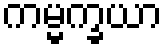
ကမ္မက္ခယာ